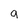
Character: 9